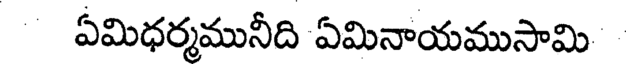
ఏమిధర్మమునీది ఏమినాయముసామి